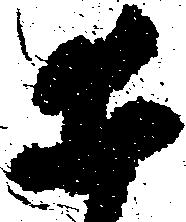
井